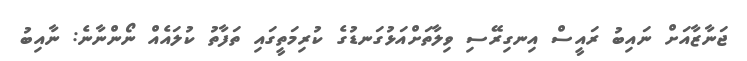
ޖަނާޒާއަށް ނައިބު ރައީސް އިނގިރޭސި ވިލާތަށްއަޅުގަނޑުގެ ކުރިމަތީގައި ތަފާތު ކުލައެއް ނޯންނާނެ: ނާއިބު